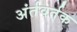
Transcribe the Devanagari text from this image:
अंर्तवर्तक